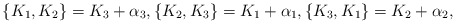
\begin{align*} \{K_1,K_2\}=K_3+\alpha_3,\{K_2,K_3\}=K_1+\alpha_1,\{K_3,K_1\}=K_2+\alpha_2,\end{align*}